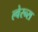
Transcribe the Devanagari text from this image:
ल्वेरन्स